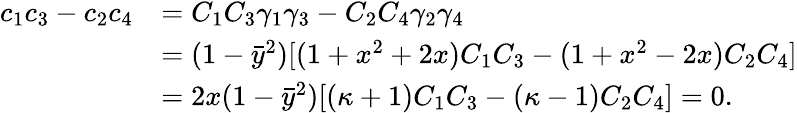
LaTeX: \begin{array}{rl}{c_{1}c_{3}-c_{2}c_{4}}&{=C_{1}C_{3}\gamma_{1}\gamma_{3}-C_{2}C_{4}\gamma_{2}\gamma_{4}}\\ &{=(1-\bar{y}^{2})[(1+x^{2}+2x)C_{1}C_{3}-(1+x^{2}-2x)C_{2}C_{4}]}\\ &{=2x(1-\bar{y}^{2})[(\kappa+1)C_{1}C_{3}-(\kappa-1)C_{2}C_{4}]=0.}\end{array}